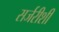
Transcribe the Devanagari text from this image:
सर्जरीशी